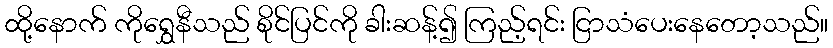
ထို့နောက် ကိုရွှေနီသည် စိုင်ပြင်ကို ခါးဆန့်၍ ကြည့်ရင်း ငြာသံပေးနေတော့သည်။